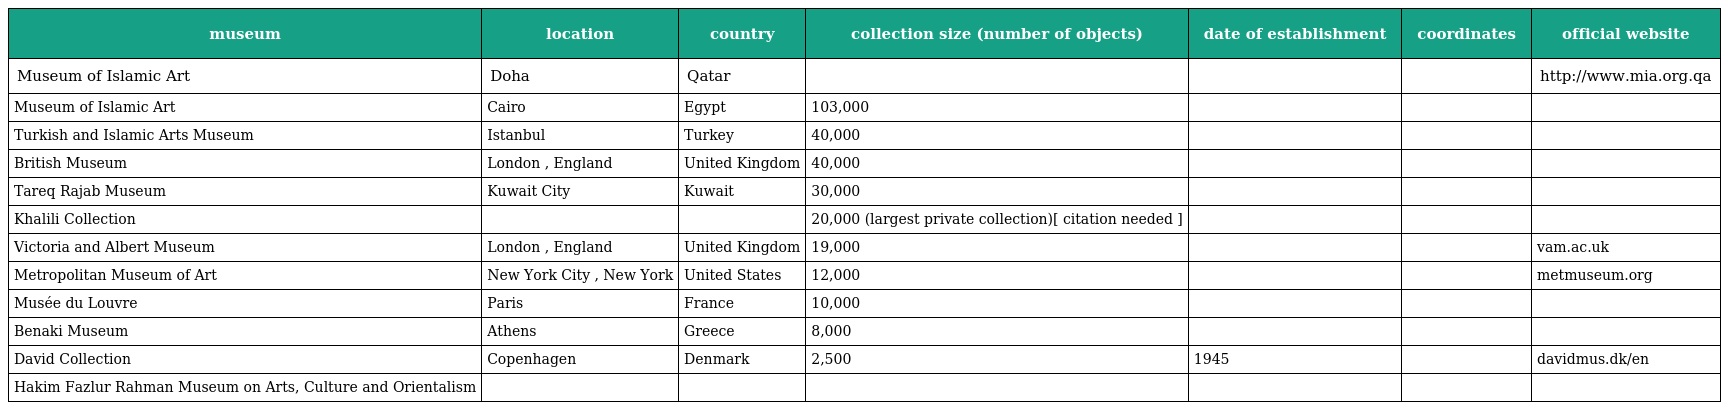
| museum | location | country | collection size (number of objects) | date of establishment | coordinates | official website |
 | --- | --- | --- | --- | --- | --- | --- |
 | Museum of Islamic Art | Doha | Qatar |  |  |  | http://www.mia.org.qa |
 | Museum of Islamic Art | Cairo | Egypt | 103,000 |  |  |  |
 | Turkish and Islamic Arts Museum | Istanbul | Turkey | 40,000 |  |  |  |
 | British Museum | London , England | United Kingdom | 40,000 |  |  |  |
 | Tareq Rajab Museum | Kuwait City | Kuwait | 30,000 |  |  |  |
 | Khalili Collection |  |  | 20,000 (largest private collection)[ citation needed ] |  |  |  |
 | Victoria and Albert Museum | London , England | United Kingdom | 19,000 |  |  | vam.ac.uk |
 | Metropolitan Museum of Art | New York City , New York | United States | 12,000 |  |  | metmuseum.org |
 | Musée du Louvre | Paris | France | 10,000 |  |  |  |
 | Benaki Museum | Athens | Greece | 8,000 |  |  |  |
 | David Collection | Copenhagen | Denmark | 2,500 | 1945 |  | davidmus.dk/en |
 | Hakim Fazlur Rahman Museum on Arts, Culture and Orientalism |  |  |  |  |  |  |